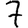
Digit: 7